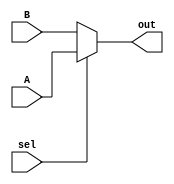
module MUX_32(input [31:0]A,input [31:0]B,input sel,output [31:0]out);
assign out=sel?A:B;
endmodule